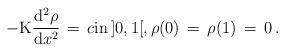
LaTeX: \begin{align*}-{\bf{\rm{K}}} \frac{{\rm d}^{2} \rho}{{\rm d}x^{2}} \,=\, c {\mbox{in}} \, ]0,1[, \rho(0) \,=\, \rho(1) \,=\, 0 \, . \end{align*}